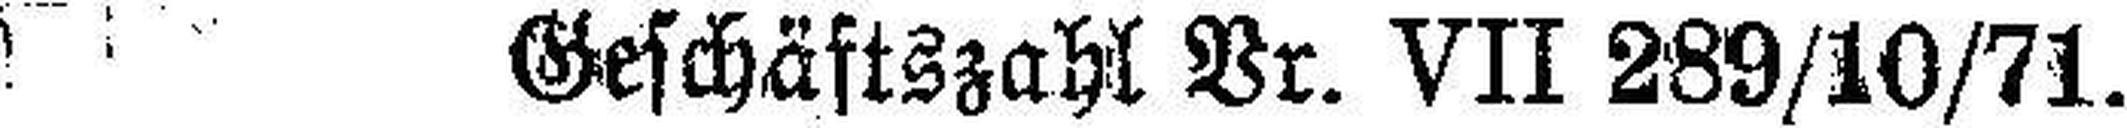
Geschäftszahl Vr. VII 289/10/71.